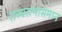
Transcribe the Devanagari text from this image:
राज्यसभासमान